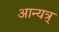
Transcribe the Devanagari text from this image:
आन्यत्र्